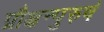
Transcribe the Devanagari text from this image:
प्रौक्षन्पुरुषं